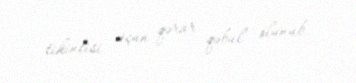
tikintisi üçün qərar qəbul olunub.